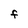
Character: F